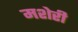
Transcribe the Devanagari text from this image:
मशेरी